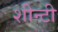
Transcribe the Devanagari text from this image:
शीन्टी